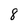
Character: 8